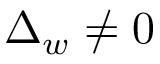
\Delta _ { w } \neq 0